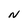
Character: N